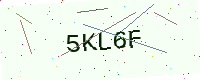
Text: 5KL6F